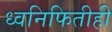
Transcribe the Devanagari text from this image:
ध्वनिफितीही